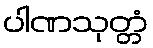
ပါဏသုတ္တံ